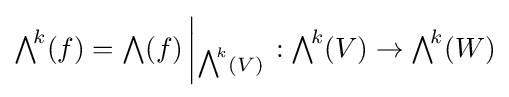
{\textstyle \bigwedge }^{\!k}(f)={\textstyle \bigwedge }(f)\left|_{{\textstyle \bigwedge }^{\!k}(V)}\right.:{\textstyle \bigwedge }^{\!k}(V)\rightarrow {\textstyle \bigwedge }^{\!k}(W)